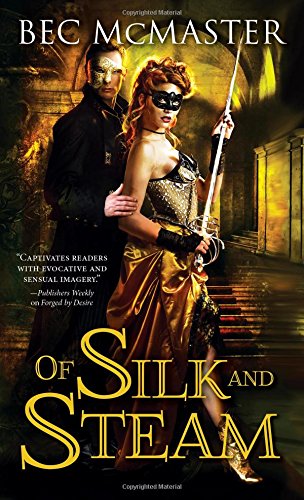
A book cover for Of Silk and Steam (London Steampunk); Bec McMaster; Romance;